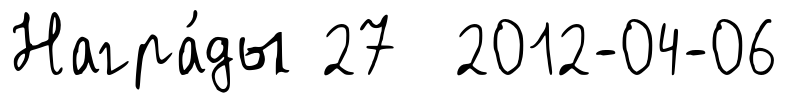
Награ́ды 27 2012-04-06